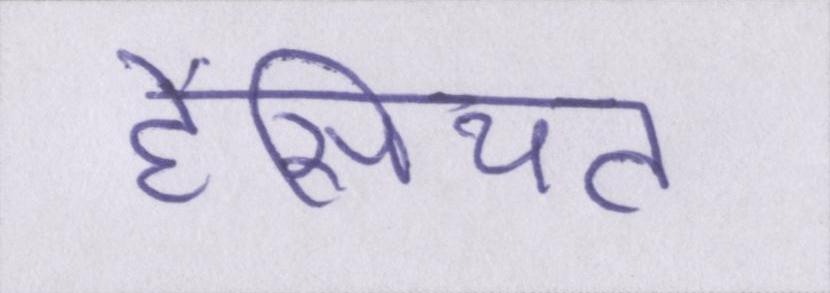
हैसियत